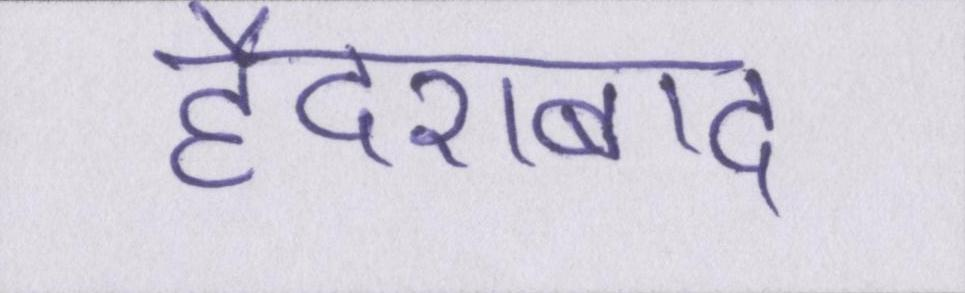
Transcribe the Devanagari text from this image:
हैदराबाद